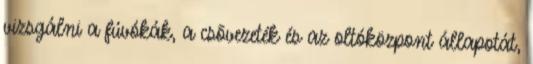
vizsgálni a fúvókák, a csõvezeték és az oltóközpont állapotát,